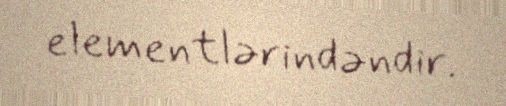
elementlərindəndir.